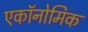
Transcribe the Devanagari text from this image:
एकॉनोमिक